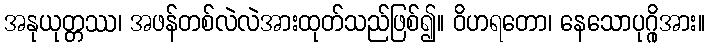
အနုယုတ္တဿ၊ အဖန်တစ်လဲလဲအားထုတ်သည်ဖြစ်၍။ ဝိဟရတော၊ နေသောပုဂ္ဂိုအား။